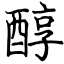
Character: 醇